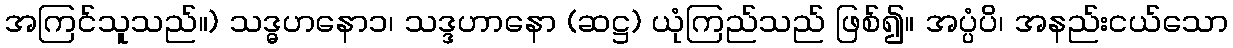
အကြင်သူသည်။) သဒ္ဓဟနော၁၊ သဒ္ဒဟာနော (ဆဋ္ဌ) ယုံကြည်သည် ဖြစ်၍။ အပ္ပံပိ၊ အနည်းငယ်သော